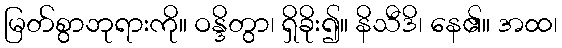
မြတ်စွာဘုရားကို။ ဝန္ဒိတွာ၊ ရှိခိုး၍။ နိသီဒိ၊ နေ၏။ အထ၊